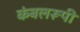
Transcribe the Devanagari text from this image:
कंबलरूपी